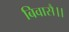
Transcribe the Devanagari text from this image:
बिवासै।।